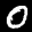
Label: 0